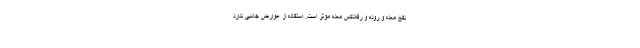
نفخ معده و روده و رفلاکس معده مؤثر است. استفاده از عوارض جانبی ندارد